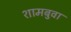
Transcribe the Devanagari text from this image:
शामबुवा